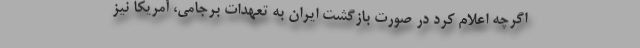
اگرچه اعلام کرد در صورت بازگشت ایران به تعهدات برجامی، آمریکا نیز